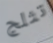
تثلج